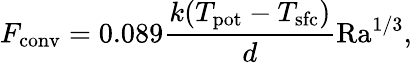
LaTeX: F_{\mathrm{conv}}=0.089\frac{k(T_{\mathrm{pot}}-T_{\mathrm{sfc}})}{d}\mathrm{Ra}^{1/3},